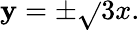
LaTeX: \mathbf{y}=\pm{\sqrt{}{{3}}}x.